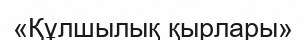
«Құлшылық қырлары»